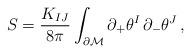
LaTeX: \begin{align*}S =\frac{K_{IJ}}{8\pi}\int_{\partial\cal M}\partial_+\theta^I\,\partial_{-}\theta^J\, ,\end{align*}